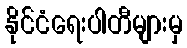
နိုင်ငံရေးပါတီများမှ